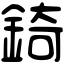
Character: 錡